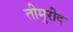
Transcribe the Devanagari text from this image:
तीमुरीद